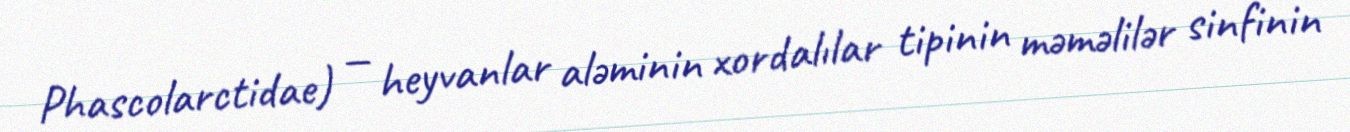
Phascolarctidae) — heyvanlar aləminin xordalılar tipinin məməlilər sinfinin